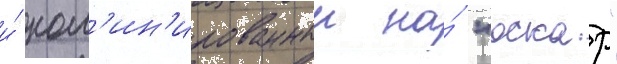
и́ ном'ин'ированныи на́ "оскар"